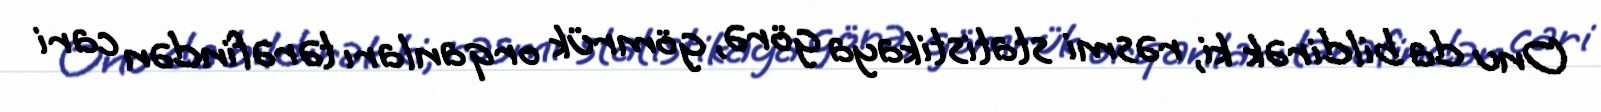
Onu da bildirək ki, rəsmi statistikaya görə, gömrük orqanları tərəfindən cari